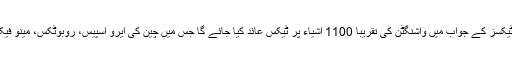
چین کی حکومت کے مطابق امریکی ٹیکسز کے جواب میں واشنگٹن کی تقریباً 1100 اشیاء پر ٹیکس عائد کیا جائے گا جس میں چین کی ایرو اسپیس، روبوٹکس، مینو فیکچرنگ اور آٹو انڈسٹری شامل ہوں گی۔